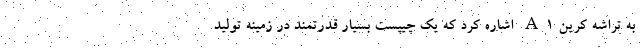
به تراشه کرین A1 اشاره کرد که یک چیپست بسیار قدرتمند در زمینه تولید